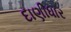
દાણીધાર